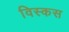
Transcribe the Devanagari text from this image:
विस्कस